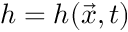
h = h ( \vec { x } , t )